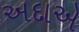
અદાએ